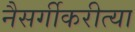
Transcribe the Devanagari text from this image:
नैसर्गीकरीत्या